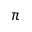
\pi